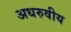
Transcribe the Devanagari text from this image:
अधरुवीय